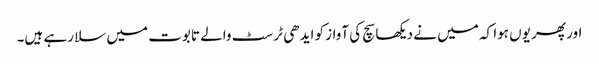
اور پھر یوں ہوا کہ میں نے دیکھا سچ کی آواز کو ایدھی ٹرسٹ والے تابوت میں سلا رہے ہیں۔